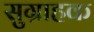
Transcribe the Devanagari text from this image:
सुग्राहक